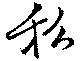
私